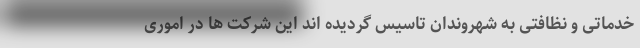
خدماتی و نظافتی به شهروندان تاسیس گردیده اند این شرکت ها در اموری